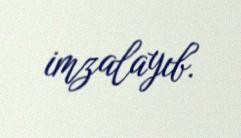
imzalayıb.